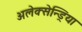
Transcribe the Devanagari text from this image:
अलेक्सेन्ड्रिया